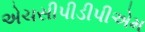
એચસીપીડીપીએમ